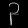
Digit: ၃